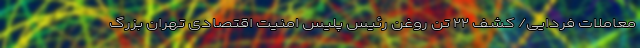
معاملات فردایی/ کشف ۲۲ تن روغن رئیس پلیس امنیت اقتصادی تهران بزرگ